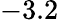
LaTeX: -3.2